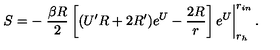
S = - \left. { \frac { \beta R } { 2 } } \left[ ( U ^ { \prime } R + 2 R ^ { \prime } ) e ^ { U } - { \frac { 2 R } { r } } \right] e ^ { U } \right| _ { r _ { h } } ^ { r _ { i n } } .